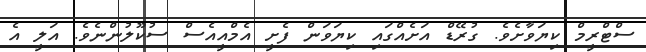
ސްޓްރީމް ކިޔަވާށެވެ. ގުރޭޑް އަށެއްގައި ކިޔަވަން ފެށީ އެމްއީއެސް ސުކޫލުންނެވެ. އަލީ އެ